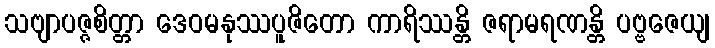
သဗျာပဇ္ဇစိတ္တာ ဒေဝမနုဿပူဇိတော ကာရိဿန္တိ ဇရာမရဏန္တိ ပဗ္ဗဇေယျ